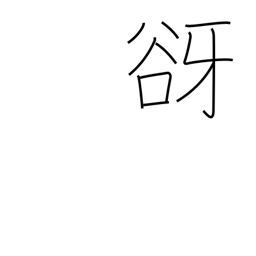
Meaning: tree spirit